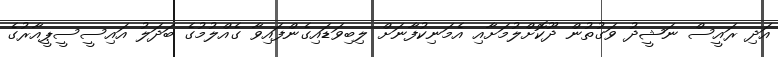
އަދި ރައީސް ނަޝީދު ވަގުތުން ދޫކޮށްލުމަށާއި އެމަނިކުފާނަށް ލިބިވަޑައިގެންފައިވާ ގެއްލުމުގެ ބަދަލު އައިސީސީޕީއާރުގެ